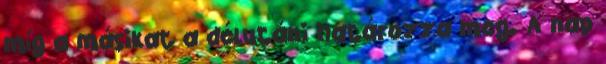
míg a másikat a délutáni határozza meg. A nap